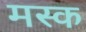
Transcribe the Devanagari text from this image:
मस्‍क